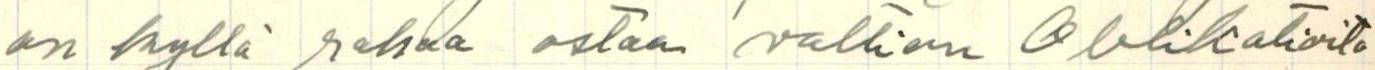
on kyllä rahaa ostaa valtion Oblikatioita